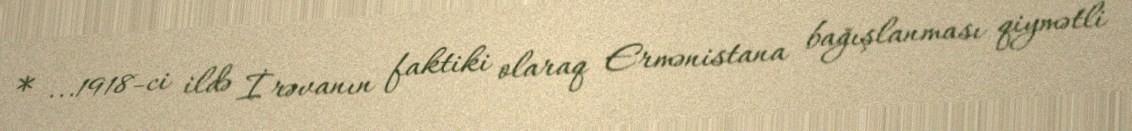
* ...1918-ci ildə İrəvanın faktiki olaraq Ermənistana bağışlanması qiymətli